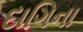
દાગિના